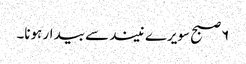
۶ صبح سویرے نیند سے بیدار ہونا۔